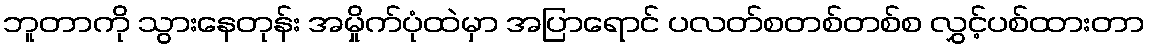
ဘူတာကို သွားနေတုန်း အမှိုက်ပုံထဲမှာ အပြာရောင် ပလတ်စတစ်တစ်စ လွှင့်ပစ်ထားတာ